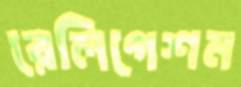
রেলিগেশন